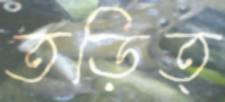
তড়িত্